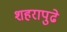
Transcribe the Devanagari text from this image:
शहरापुढे